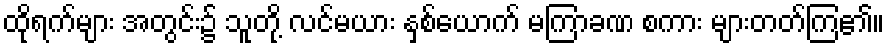
ထိုရက်များ အတွင်း၌ သူတို့ လင်မယား နှစ်ယောက် မကြာခဏ စကား များတတ်ကြ၏။